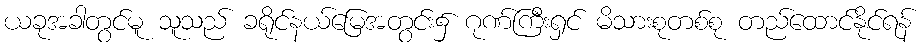
ယခုအခါတွင်မူ သူသည် ခရိုင်နယ်မြေအတွင်း၌ ဂုဏ်ကြီးရှင် မိသားစုတစ်စု တည်ထောင်နိုင်ရန်